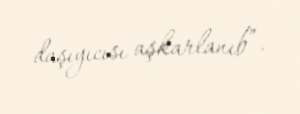
daşıyıcısı aşkarlanıb”.